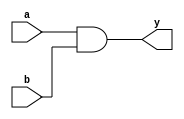
module continuous_assignment(
    input wire a,
    input wire b,
    output reg y
);

assign y = a & b;

endmodule